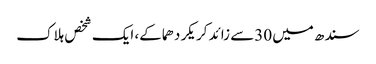
سندھ میں 30سے زائد کریکر دھماکے، ایک شخص ہلاک